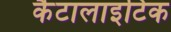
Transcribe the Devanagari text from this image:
कैटालाइटिक